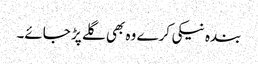
بندہ نیکی کرے وہ بھی گلے پڑ جائے۔